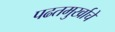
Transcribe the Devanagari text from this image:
पढतमुर्खाचे